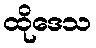
ထိုဒေသ